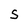
Character: S